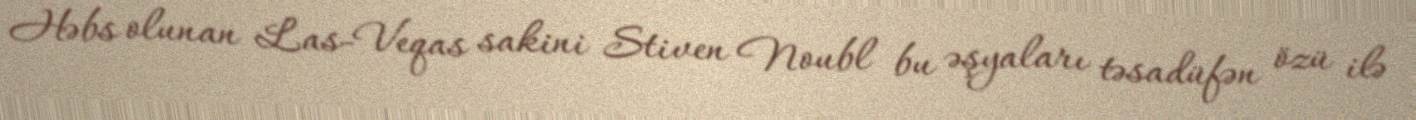
Həbs olunan Las-Veqas sakini Stiven Noubl bu əşyaları təsadüfən özü ilə